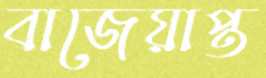
বাজেয়াপ্ত